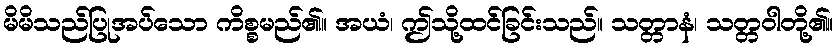
မိမိသည်ပြုအပ်သော ကိစ္စမည်၏။ အယံ၊ ဤသို့ထင်ခြင်းသည်။ သတ္တာနံ၊ သတ္တဝါတို့၏။